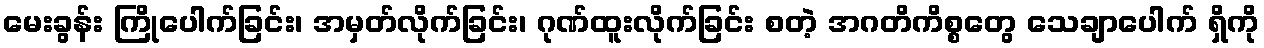
မေးခွန်း ကြိုပေါက်ခြင်း၊ အမှတ်လိုက်ခြင်း၊ ဂုဏ်ထူးလိုက်ခြင်း စတဲ့ အဂတိကိစ္စတွေ သေချာပေါက် ရှိကို